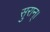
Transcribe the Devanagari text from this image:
सुरान्।